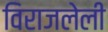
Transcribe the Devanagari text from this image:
विराजलेली